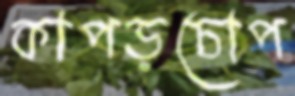
কাপড়চোপ